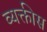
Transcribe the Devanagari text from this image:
व्‍यक्तीस